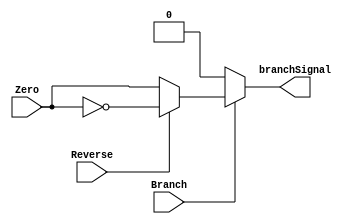
module BranchSignal(Branch, Reverse, Zero, branchSignal);
	input Branch;
	input Reverse;
	input Zero;
	output reg branchSignal;
	
	always@(*)
		begin
		if(Branch)
			begin
			branchSignal = Reverse ? ~Zero : Zero;
			end
		else
			begin
			branchSignal = 1'b0;
			end
		end
endmodule